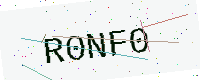
Text: R0NF0